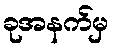
ခုအနက်မှ